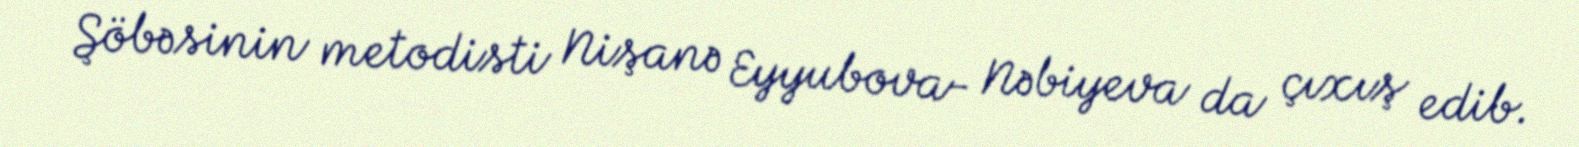
Şöbəsinin metodisti Nişanə Eyyubova- Nəbiyeva da çıxış edib.